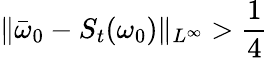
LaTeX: \| \bar{\omega}_{0}-S_{t}(\omega_{0})\| _{L^{\infty}}>\frac{1}{4}